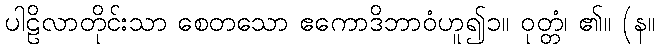
ပါဠိလာတိုင်းသာ စေတသော ဧကောဒိဘာဝံဟူ၍၁။ ဝုတ္တံ၊ ၏။ (န။